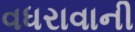
વધરાવાની